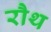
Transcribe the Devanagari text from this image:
रौथ